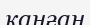
қанған